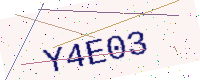
Text: Y4E03